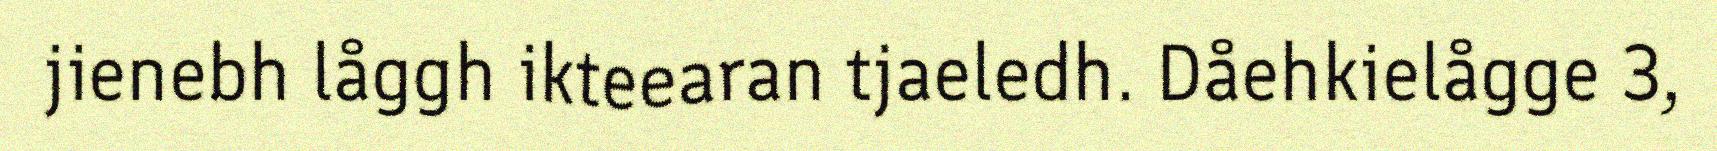
jienebh låggh ikteearan tjaeledh. Dåehkielågge 3,